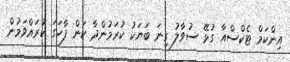
އިންކަމް ޓެކްސްއާ ގުޅޭ ސުވާލު ގިނަ ބަޔަކު ކުރަމުންދާ ކަން ފާހަގަ ކުރައްވަމުން